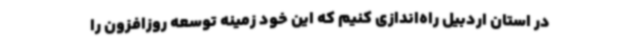
در استان اردبیل راه‌اندازی کنیم که این خود زمینه توسعه روزافزون را